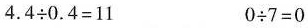
$$4 . 4 \div 0 . 4 = 1 1$$ $$0 \div 7 = 0$$